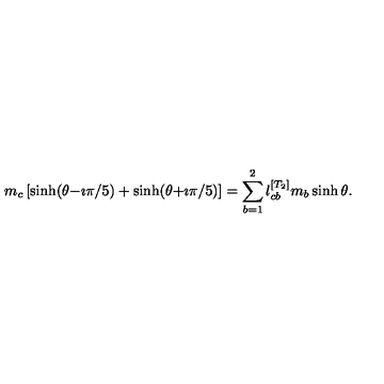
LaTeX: m _ { c } \left[ \sinh ( \theta { - } \imath \pi / 5 ) + \sinh ( \theta { + } \imath \pi / 5 ) \right] = \sum _ { b = 1 } ^ { 2 } l _ { c b } ^ { [ T _ { 2 } ] } m _ { b } \sinh \theta .